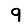
Digit: 9